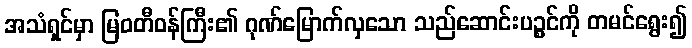
အသံရှင်မှာ မြဝတီဝန်ကြီး၏ ဂုဏ်မြောက်လှသော သည်ဆောင်းပဉ္စင်ကို တမင်ရွေး၍